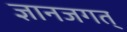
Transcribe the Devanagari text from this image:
ज्ञानजगत्‌